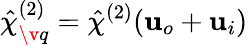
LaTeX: \hat{\mathbf{\chi}}_{\v q}^{(2)}=\hat{\chi}^{(2)}(\mathbf{u}_{o}+\mathbf{u}_{i})